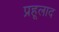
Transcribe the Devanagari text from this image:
प्रहूलाद